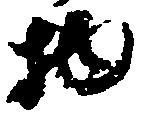
物